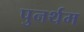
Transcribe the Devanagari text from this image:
पुनर्थम